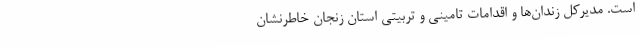
است. مدیرکل زندان‌ها و اقدامات تامینی و تربیتی استان زنجان خاطرنشان